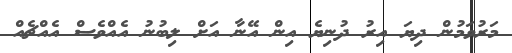
މަރުވަމުން ދިޔަ އިރު ދުނިޔެ އިން އޭނާ އަށް ލިބުނު އެއްވެސް އެއްޗެއް